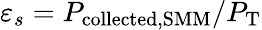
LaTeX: \varepsilon_{s}=P_{\mathrm{collected,SMM}}/P_{\mathrm{T}}